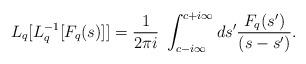
LaTeX: \begin{align*}L_{q} [ L_{q}^{-1} [ F_{q} (s) ] ] = \frac{1}{2 \pi i } \; \int_{c-i \infty}^{c+i \infty} ds^{\prime} \frac{F_{q}(s^{\prime})} {(s-s^{\prime})}.\end{align*}